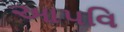
આપવિ